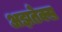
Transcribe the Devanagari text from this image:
अझतेक्स